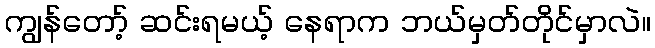
ကျွန်တော့် ဆင်းရမယ့် နေရာက ဘယ်မှတ်တိုင်မှာလဲ။